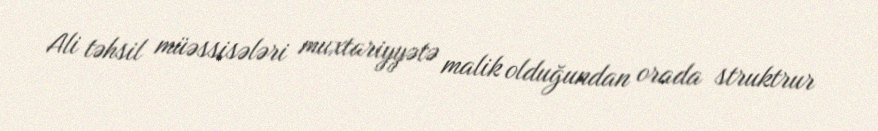
Ali təhsil müəssisələri muxtariyyətə malik olduğundan orada struktrur